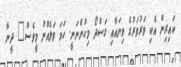
ކައިރިން އެކި ވަރުވަރުގެ ވިނައާއި ގަސްދޯ މިހުންނަނީ. ހަމަ ވަލެއްނު މީވެސް" ދީނާ